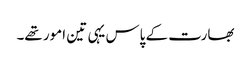
بھارت کے پاس یہی تین امور تھے۔